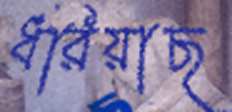
ধরিয়াছ